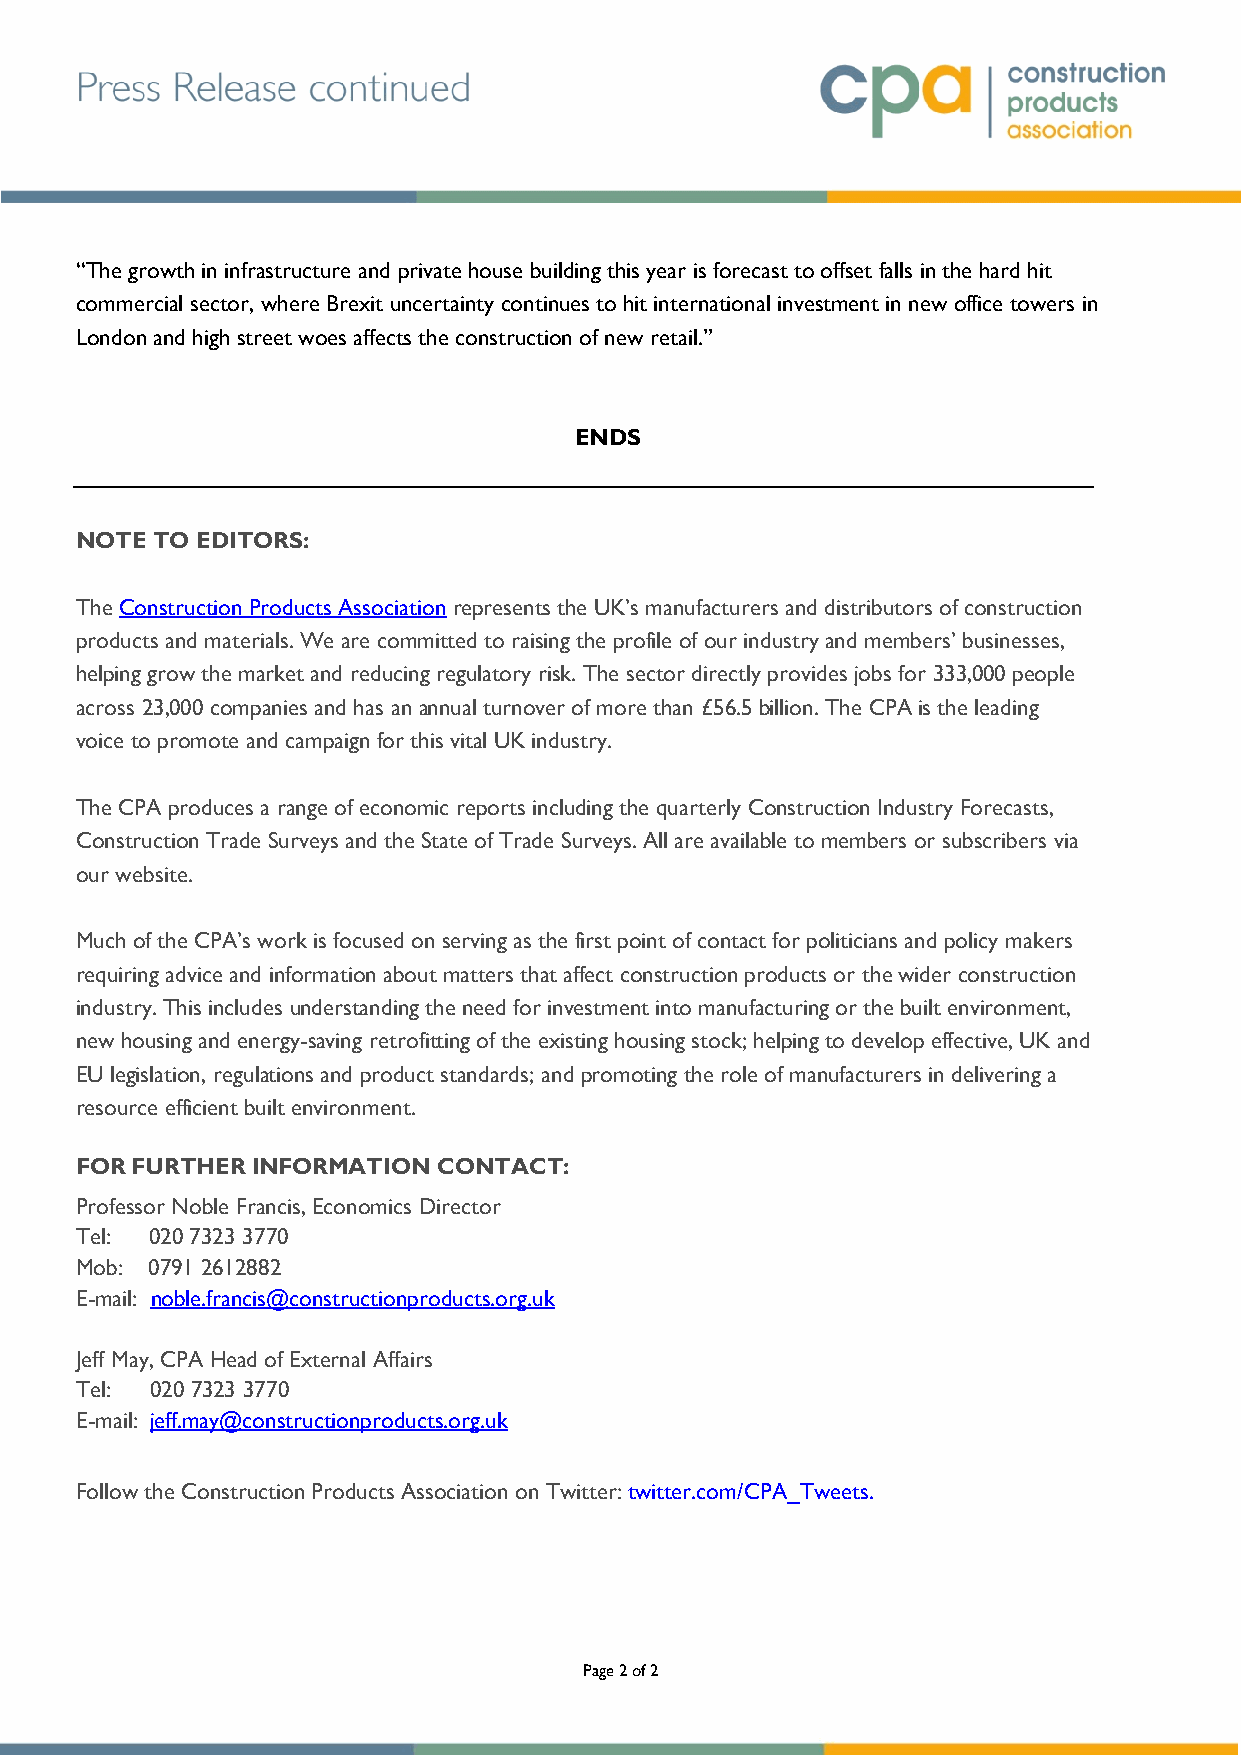
“The growth in infrastructure and private house building this year is forecast to offset falls in the hard hit
 commercial sector, where Brexit uncertainty continues to hit international investment in new office towers in
 London and high street woes affects the construction of new retail.”
 ENDS
 NOTE TO EDITORS:
 The Construction Products Association represents the UK’s manufacturers and distributors of construction
 products and materials. We are committed to raising the profile of our industry and members’ businesses,
 helping grow the market and reducing regulatory risk. The sector directly provides jobs for 333,000 people
 across 23,000 companies and has an annual turnover of more than £56.5 billion. The CPA is the leading
 voice to promote and campaign for this vital UK industry.
 The CPA produces a range of economic reports including the quarterly Construction Industry Forecasts,
 Construction Trade Surveys and the State of Trade Surveys. All are available to members or subscribers via
 our website.
 Much of the CPA’s work is focused on serving as the first point of contact for politicians and policy makers
 requiring advice and information about matters that affect construction products or the wider construction
 industry. This includes understanding the need for investment into manufacturing or the built environment,
 new housing and energy-saving retrofitting of the existing housing stock; helping to develop effective, UK and
 EU legislation, regulations and product standards; and promoting the role of manufacturers in delivering a
 resource efficient built environment.
 FOR FURTHER INFORMATION CONTACT:
 Professor Noble Francis, Economics Director
 Tel: 020 7323 3770
 Mob: 0791 2612882
 E-mail: noble.francis@constructionproducts.org.uk
 Jeff May, CPA Head of External Affairs
 Tel: 020 7323 3770
 E-mail: jeff.may@constructionproducts.org.uk
 Follow the Construction Products Association on Twitter: twitter.com/CPA_Tweets.
 Page 2 of 2